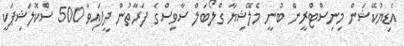
އެޑިޔުކޭޝަން މިނިސްޓްރީން ބުނީ މެލޭޝިޔާ ގްލޯބަލް ސާވިސްގެ ފަރާތުން ދީފައިވާ 500 ސްކޮލަޝިޕަކީ